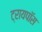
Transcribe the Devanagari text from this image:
ट्रायपॉस